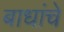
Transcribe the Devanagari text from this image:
बाधांचे